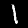
Label: 1